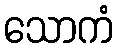
သောကံ